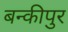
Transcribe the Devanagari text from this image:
बन्कीपुर